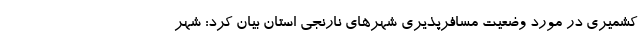
کشمیری در مورد وضعیت مسافرپذیری شهرهای نارنجی استان بیان کرد: شهر